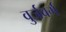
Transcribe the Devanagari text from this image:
वुर्जबर्ग